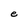
Character: e